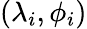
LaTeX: (\lambda_{i},\phi_{i})